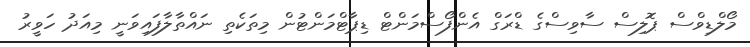
މޯލްޑިވްސް ޕޮލިސް ސާވިސްގެ ޑްރަގް އެންފޯސްމަންޓް ޑިޕާޓްމަންޓުން މިތަކެތި ނައްތާލާފައިވަނީ މިއަދު ހަވީރު